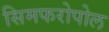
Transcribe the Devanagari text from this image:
सिमफरोपोल